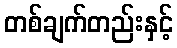
တစ်ချက်တည်းနှင့်